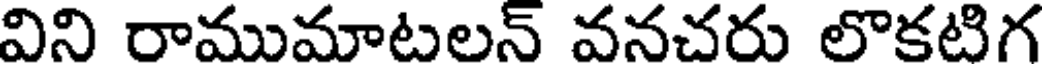
విని రాముమాటలన్ వనచరు లొకటిగ